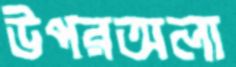
উপরঅলা